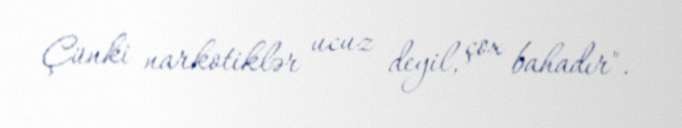
Çünki narkotiklər ucuz deyil, çox bahadır".